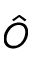
\hat { O }